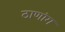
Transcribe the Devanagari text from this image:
ठाणांग